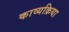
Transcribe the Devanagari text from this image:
काव्यक्रिया